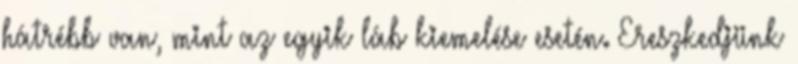
hátrébb van, mint az egyik láb kiemelése esetén. Ereszkedjünk